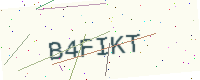
Text: B4FIKT